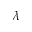
\lambda